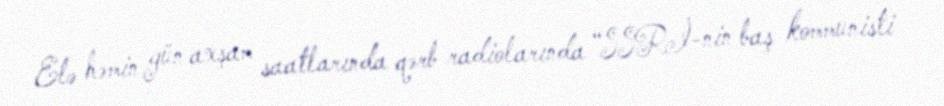
Elə həmin gün axşam saatlarında qərb radiolarında “SSRİ-nin baş kommunisti